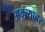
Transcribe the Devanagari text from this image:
अक्त्याबर